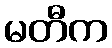
မတီက